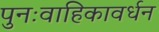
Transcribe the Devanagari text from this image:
पुनःवाहिकावर्धन